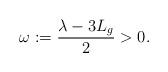
LaTeX: \begin{align*} \omega:= \frac{\lambda-3L_g}{2}>0. \end{align*}